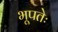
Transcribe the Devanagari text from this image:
भूपतेः